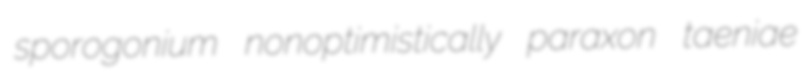
sporogonium nonoptimistically paraxon taeniae